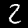
Label: 2